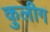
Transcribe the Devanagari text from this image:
कुलीग